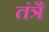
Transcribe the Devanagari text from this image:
तंत्रै